Lunatic asylums Punjab 1895-1910 - 1895-1910
Year: 1895
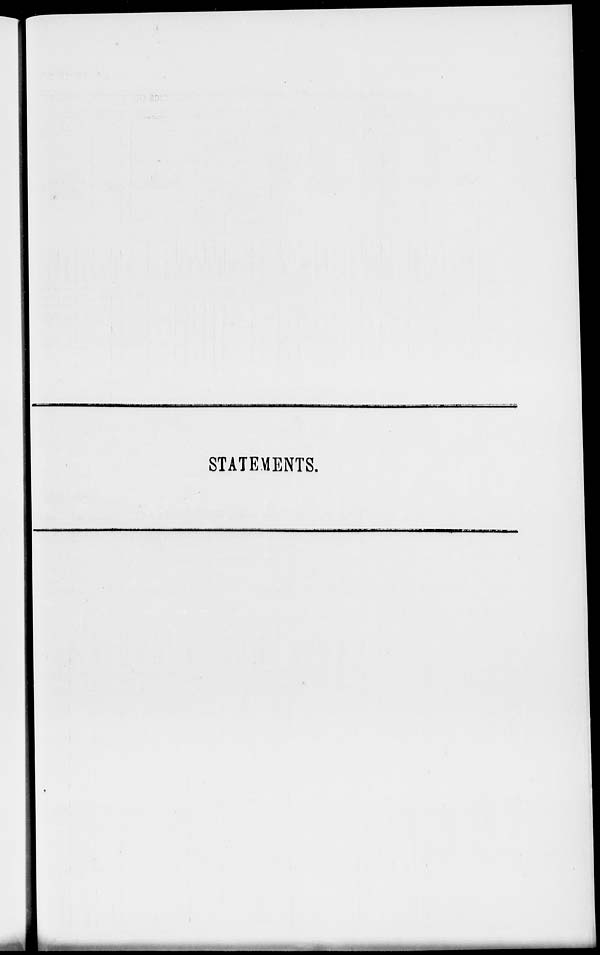
STATEMENTS.